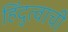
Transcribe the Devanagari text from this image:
हिंदुत्वाची